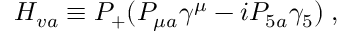
H _ { v a } \equiv P _ { + } ( P _ { \mu a } \gamma ^ { \mu } - i P _ { 5 a } \gamma _ { 5 } ) \; ,